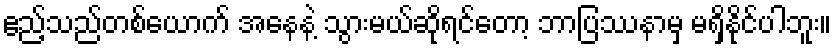
ဧည့်သည်တစ်ယောက် အနေနဲ့ သွားမယ်ဆိုရင်တော့ ဘာပြဿနာမှ မရှိနိုင်ပါဘူး။